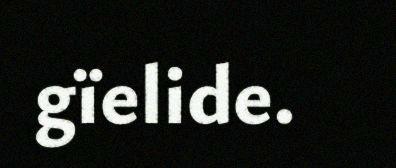
gïelide.